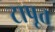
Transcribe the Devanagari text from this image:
टापूत